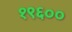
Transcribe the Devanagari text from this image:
१९६००